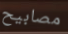
مصابيح